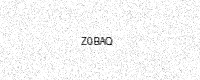
Text: Z0BAQ